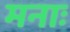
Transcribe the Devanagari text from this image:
मनाः